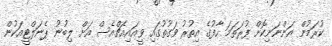
ކުރަމުން އަންނަނިކޮށް ފުރަތަމަ ހާފުގެ އިތުރު ވަގުތުގައި ވީއައިއެޗްއެސް އަށް ލިބުނު ޕެނަލްޓީއަކުން